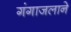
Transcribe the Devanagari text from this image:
गंगाजलाने